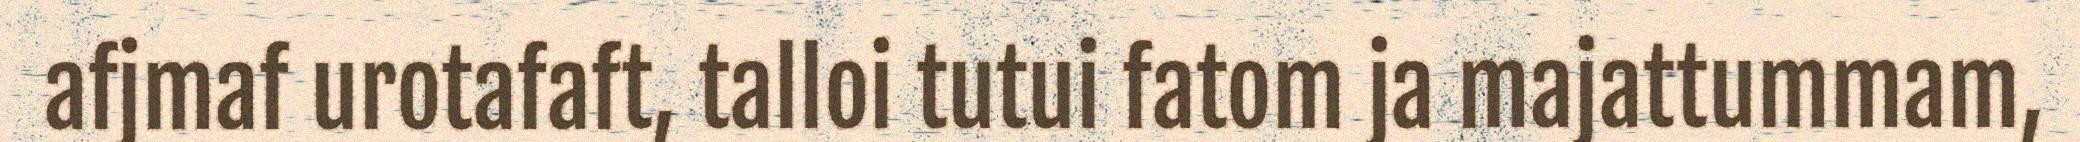
afjmaf urotafaft, talloi tutui fatom ja majattummam,